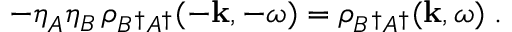
- \eta _ { A } ^ { } \eta _ { B } ^ { } \, \rho _ { B ^ { \dagger } A ^ { \dagger } } ( - { \bf k } , - \omega ) = \rho _ { B ^ { \dagger } A ^ { \dagger } } ( { \bf k } , \omega ) \; .